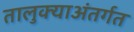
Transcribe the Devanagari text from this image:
तालुक्याअंतर्गत